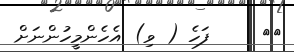
٥٦     ފަހެ ( ވި) އެހެންމީހުންނަށް